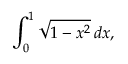
\int _ { 0 } ^ { 1 } { \sqrt { 1 - x ^ { 2 } } } \, d x ,